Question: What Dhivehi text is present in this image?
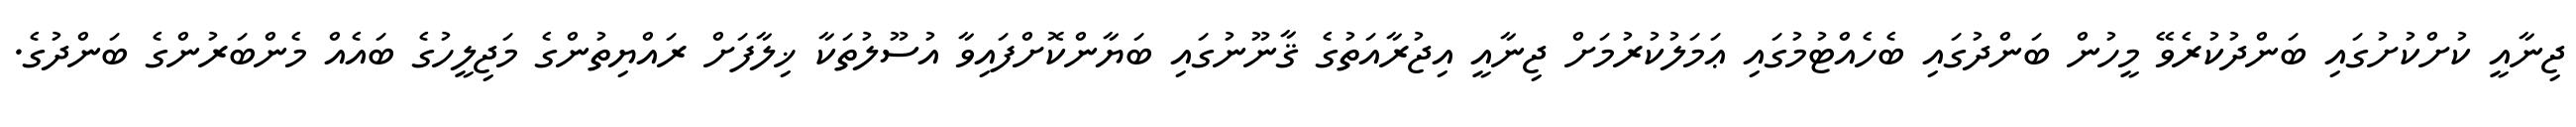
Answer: ޖިނާއީ ކުށްކުށުގައި ބަންދުކުރެވޭ މީހުން ބަންދުގައި ބެހެއްޓުމުގައި ޢަމަލުކުރުމަށް ޖިނާއީ އިޖުރާއަތުގެ ޤާނޫނުގައި ބަޔާންކޮށްފައިވާ އުސޫލުތަކާ ޚިލާފަށް ރައްޔިތުންގެ މަޖިލީހުގެ ބައެއް މެންބަރުންގެ ބަންދުގެ.